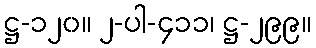
ဋ္ဌ-၁၂၀။ ၂-ပါ-၄၁၁၊ ဋ္ဌ-၂၉၉။